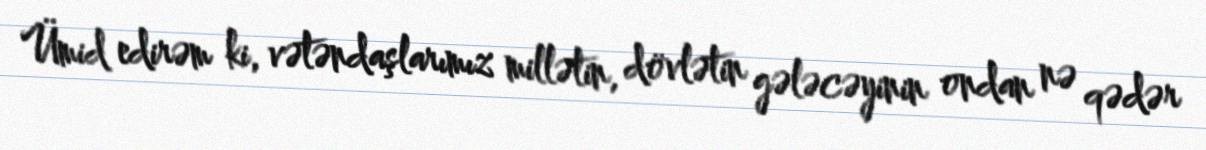
Ümid edirəm ki, vətəndaşlarımız millətin, dövlətin gələcəyinin ondan nə qədər